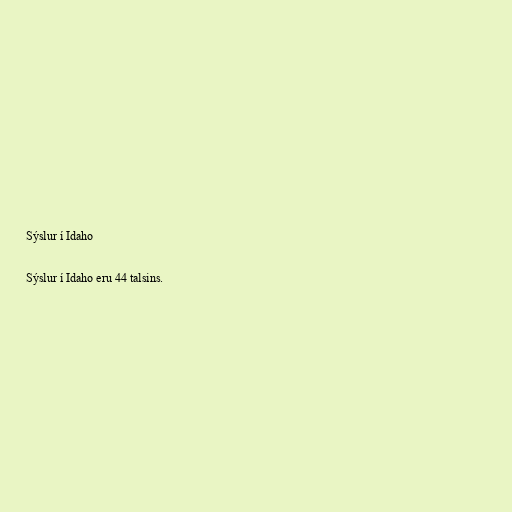
Sýslur í Idaho

Sýslur í Idaho eru 44 talsins.